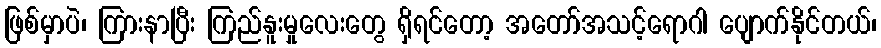
ဖြစ်မှာပဲ၊ ကြားနာပြီး ကြည်နူးမှုလေးတွေ ရှိရင်တော့ အတော်အသင့်ရောဂါ ပျောက်နိုင်တယ်၊